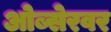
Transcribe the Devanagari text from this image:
ओब्सेरवर